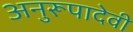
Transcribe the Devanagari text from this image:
अनुरूपादेवी